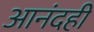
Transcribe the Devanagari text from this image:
आनंदही